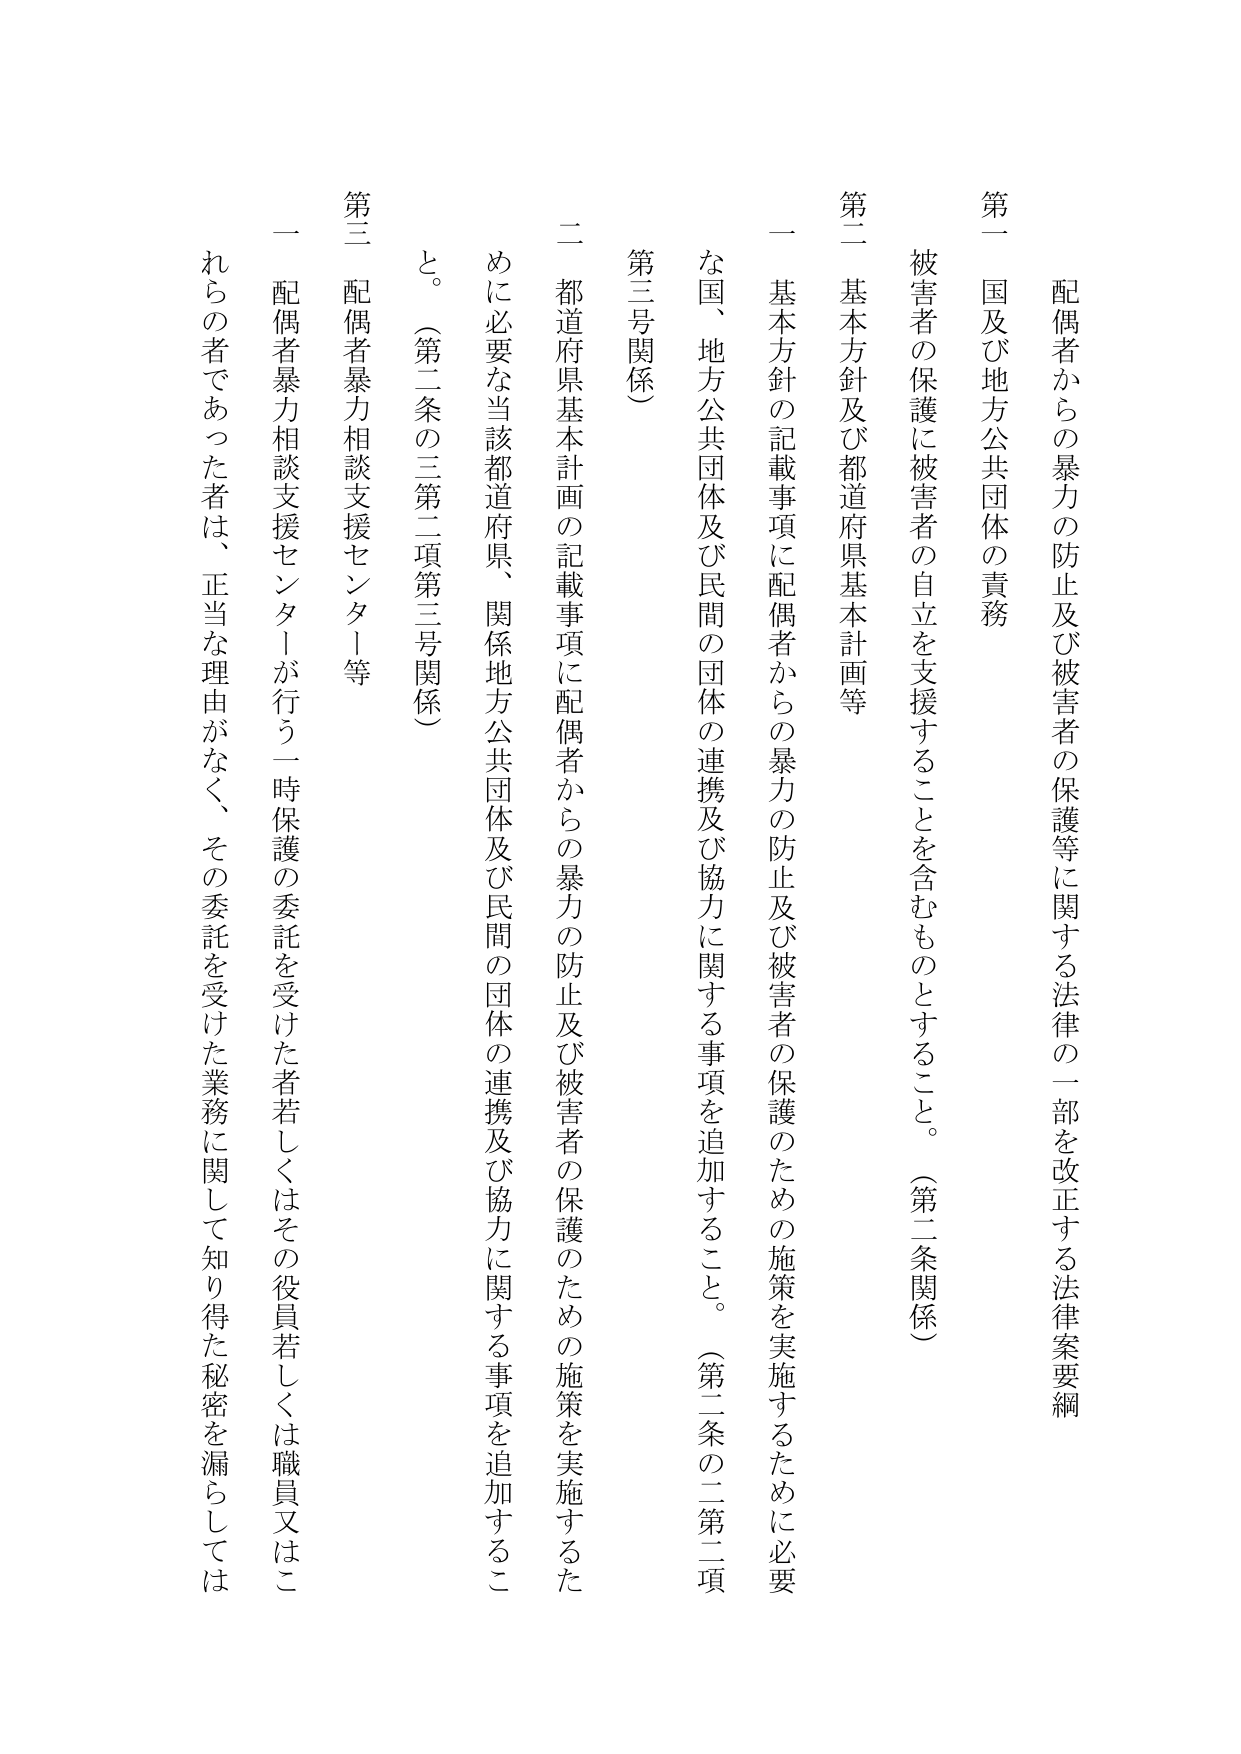
配偶者からの暴力の防止及び被害者の保護等に関する法律の一部を改正する法律案要綱

第一 国及び地方公共団体の責務

被害者の保護に被害者の自立を支援することを含むものとすること。（第二条関係）

第二 基本方針及び都道府県基本計画等

一 基本方針の記載事項に配偶者からの暴力の防止及び被害者の保護のための施策を実施するために必要な国、地方公共団体及び民間の団体の連携及び協力に関する事項を追加すること。（第二条の二第二項第三号関係）

二 都道府県基本計画の記載事項に配偶者からの暴力の防止及び被害者の保護のための施策を実施するために必要な当該都道府県、関係地方公共団体及び民間の団体の連携及び協力に関する事項を追加すること。（第二条の三第二項第三号関係）

第三 配偶者暴力相談支援センター等

一 配偶者暴力相談支援センターが行う一時保護の委託を受けた者若しくはその役員若しくは職員又はこれらの者であった者は、正当な理由がなく、その委託を受けた業務に関して知り得た秘密を漏らしては